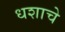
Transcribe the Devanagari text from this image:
धशाचे